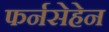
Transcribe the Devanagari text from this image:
फर्नसेहेन